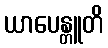
ယာပေန္တူတိ